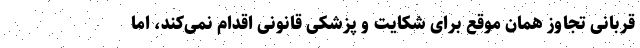
قربانی تجاوز همان موقع برای شکایت و پزشکی قانونی اقدام نمی‌کند، اما